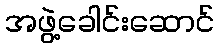
အဖွဲ့ခေါင်းဆောင်